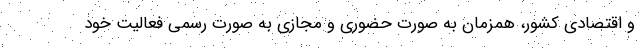
و اقتصادی کشور، همزمان به صورت حضوری و مجازی به صورت رسمی فعالیت خود